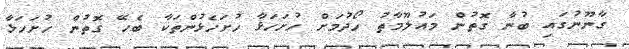
ގާނޫނުގައި ބުނާ ގޮތުން މައުލޫމާތު ހޯދުމަށް ހުށަހަޅާ ހުށަހެޅުންތަކާ ބެހޭ ގޮތުން ހުށަހަޅާ